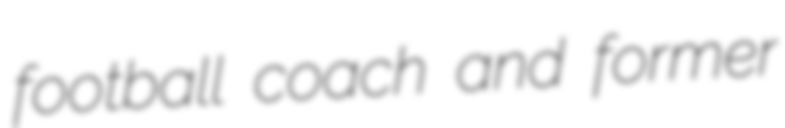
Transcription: football coach and former